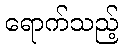
ရောက်သည့်